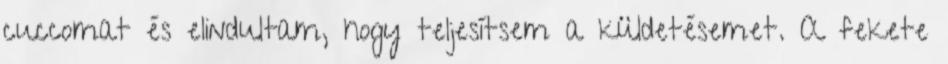
cuccomat és elindultam, hogy teljesítsem a küldetésemet. A fekete